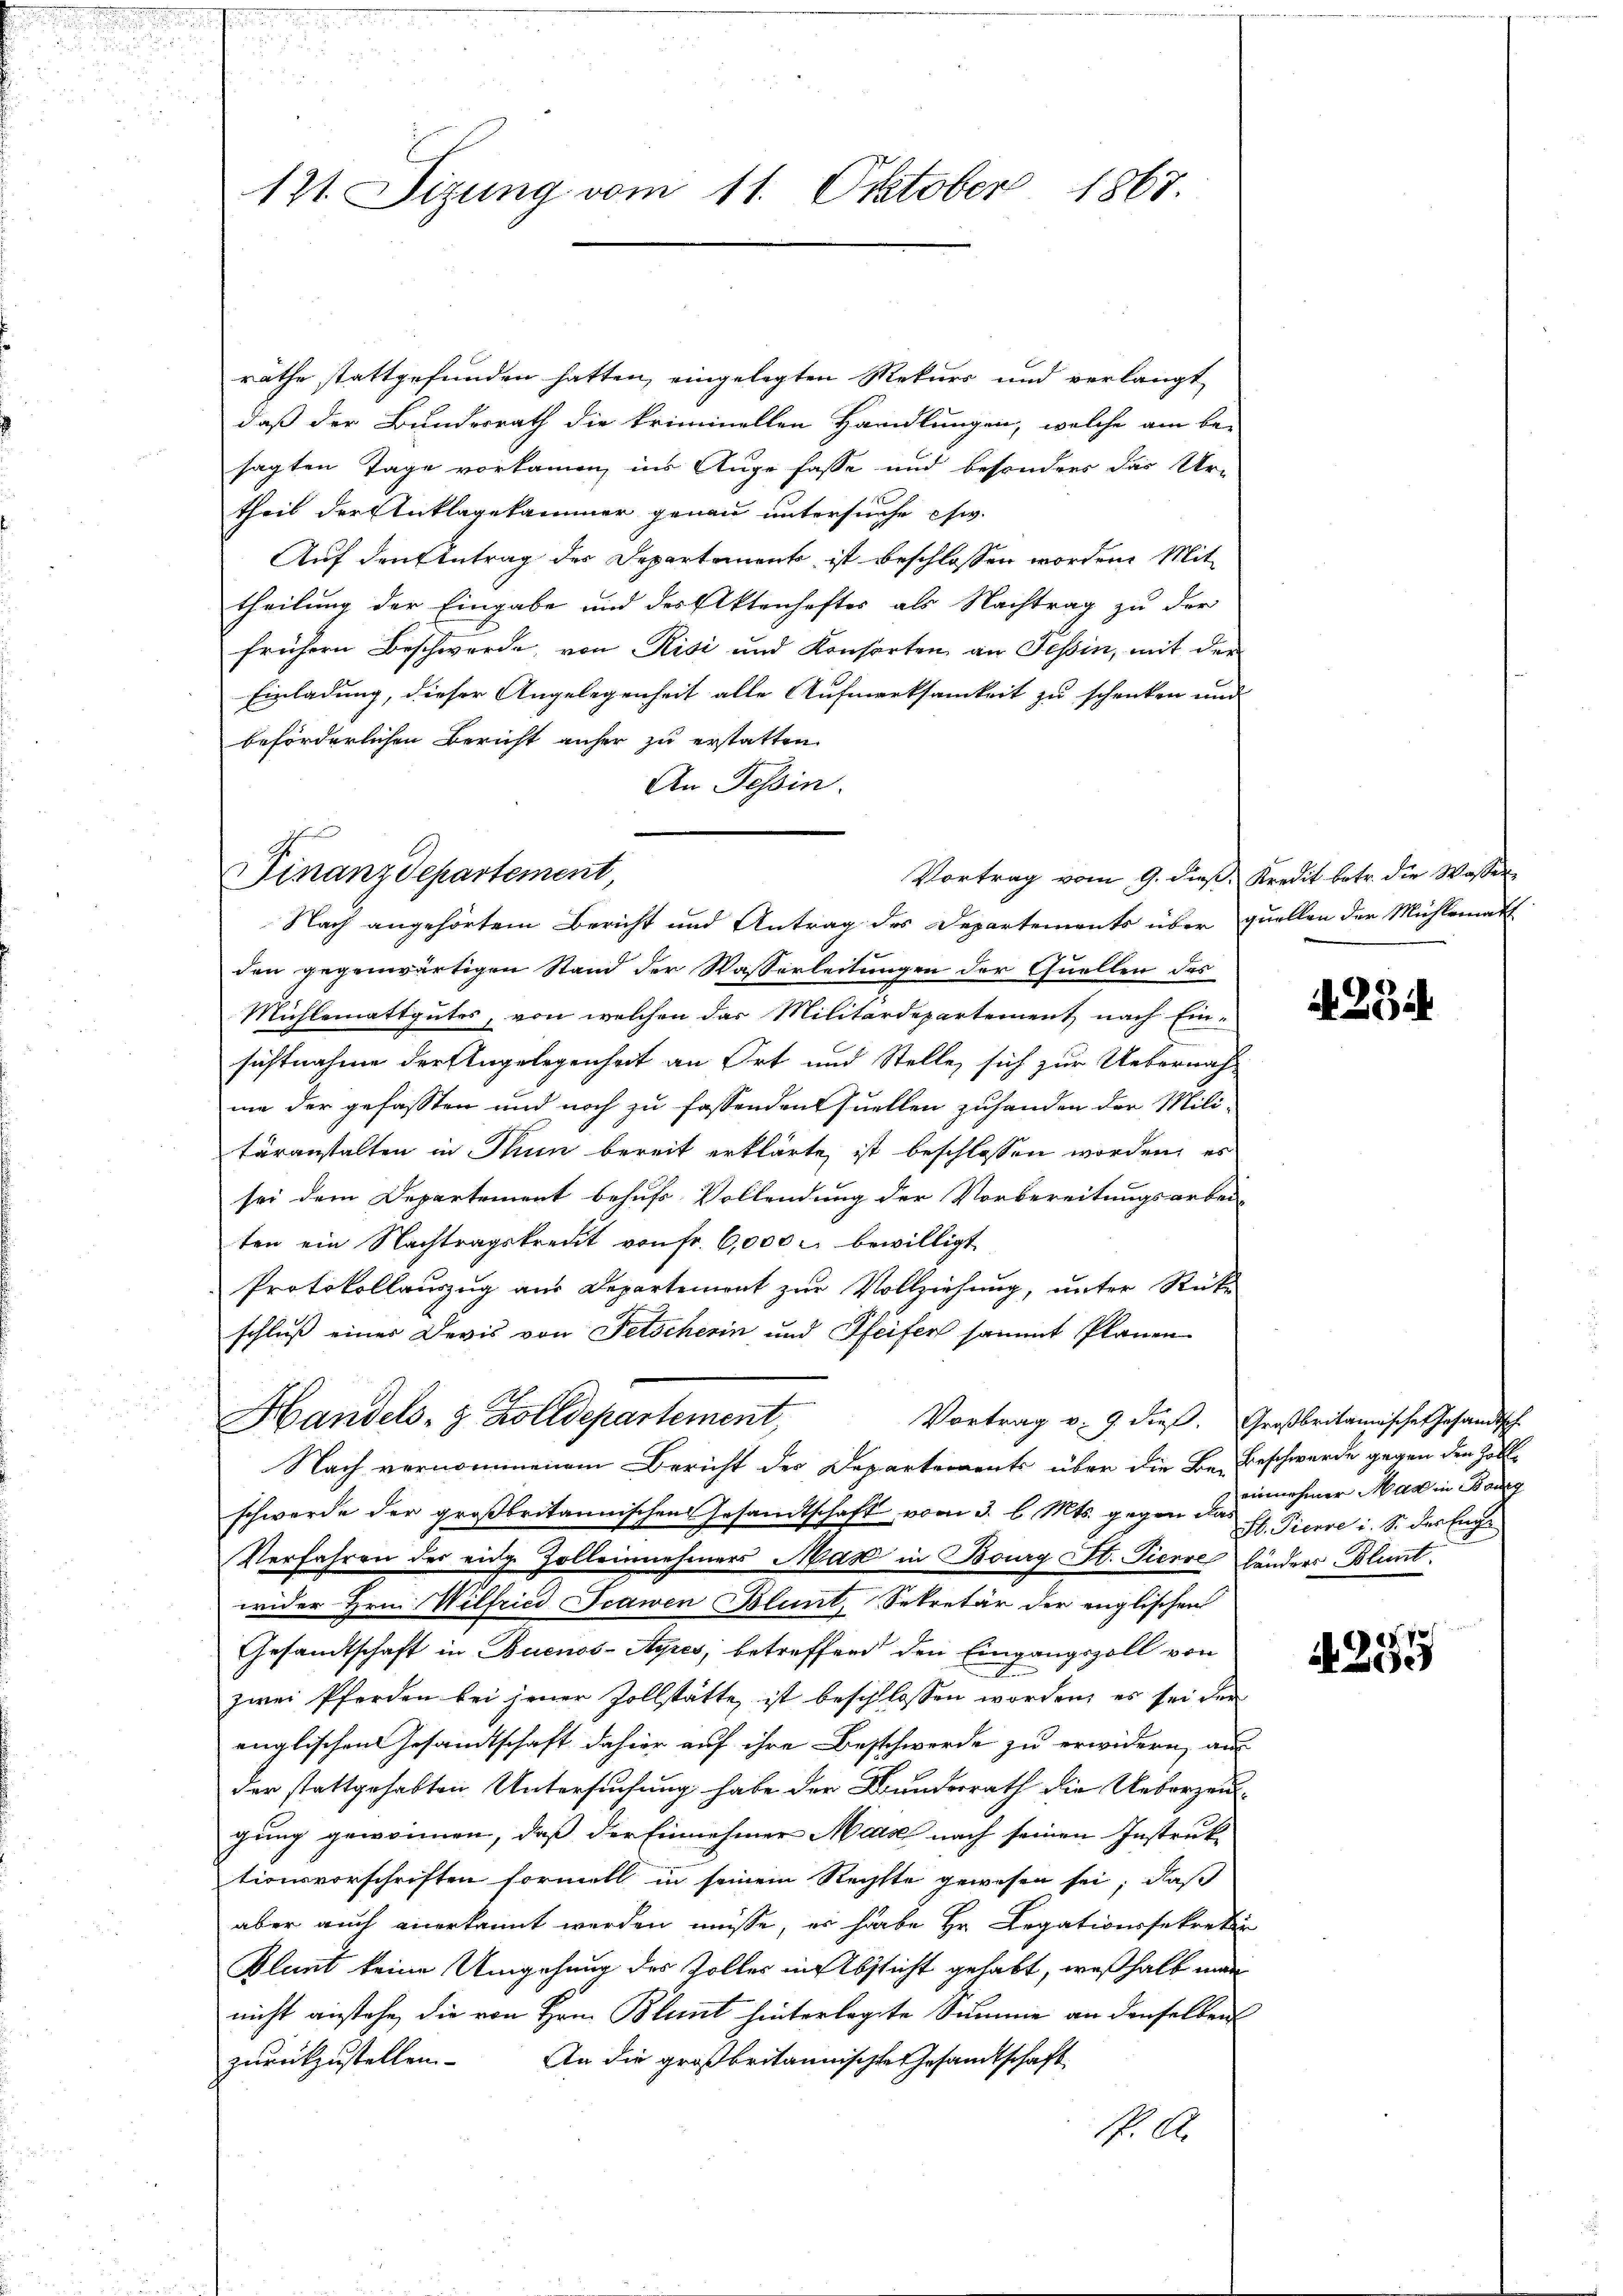
räthe stattgefunden hatten, eingelegten Rekurs und verlangt
daß der Bundesrath die kriminellen Handlungen, welche am be-
sagten Tage vorkamen, ins Auge fasse und besonders das Ur-
theil der Anklagekammer genau untersuche chw.
Auf den Antrag der Departement ist beschlossen worden. Mit
theilung der Eingabe und des Aktenhaftes als Nachtrag zu der
frühern Beschwerde, von Risi und Konsorten an Tessin, mit der
Einladung, dieser Angelegenheit alle Aufmerksamkeit zu schenken und
beförderlichen Bericht anher zu erstatten.
An Tessin.
Vortrag vom 9. dieß, Kredit betr. die Wasser
den gegenwärtigen Stand der Wasserleitungen der Quellen des
Mühlemattgutes, von welchen das Militärdepartement nach Ein-
sichtnahme der Angelegenheit an Ort und Stelle, sich zur Uebernah-
me der gefassten und noch zu fassenden Quellen zuhanden der Mili-
täranstalten in Thun bereit erklärte, ist beschlossen worden, es
sei dem Departement behufs Vollendung der Vorbereitungsarbei-
ten ein Nachtragskreut von fr. 6,000 u. bewilligt
Protokollauszug aus Departement zur Vollziehung, unter Rück
schluß einer Devis von Fetscherin und Pfeifer sammt Planen
Handels- & Zolldepartement,
Vortrag v. 9. dieß. Großbritannische Gesandtsch
Nach vernommenem Bericht des Departements über die Be-Beschwerde gegen den Zolle
schwerde der großbritannischen Gesandtschaft vom 3. l. Mts. gegen der H. Pierre i. S. der Enge
Verfahren des eidge Zolleinnehmers Man in Bourg Kt. Tierve länders Blunt
wider Hrn. Wilfrici Frawen Blunt, Sekretär der englischen
Gesandtschaft in Buenos-Ayres, betreffend den Eingangszoll von
zwei Pferden bei jener Zollstätte, ist beschlossen worden, es sei der
englischen Gesandtschaft dahier auf ihre Beschwerde zu erwidern, aus
der stattgehabten Untersuchung habe der Bundesrath die Ueberzeugung gewonnen, daß der Einnehmer Marse nach seinen Instruk-
tionsvorschriften formell in seinem Rechtte gewesen sei, daß
aber auch anerkannt werden müsse, es habe Hr. Legationssekretir
Plant keine Umgehung des Zoller in Absticht gehabt, weßhalb man
nicht anstehe, die von Hrn. Blant hinterlegte Summe an denselben
An die großbritannischte Gesandtschaft
zurückzustellen.
. A.

121. Sizung vom 11. Oktober 1867.

Finanzdepartement,
Nach angehörtem Bericht und Antrag des Departements über quellen der Mühlematt

A 284

einnehmer Man in Bang

. 70
A 205